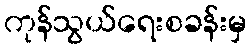
ကုန်သွယ်ရေးစခန်းမှ